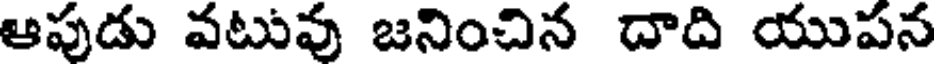
ఆపుడు వటువు జనించిన దాది యుపన